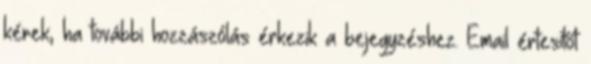
kérek, ha további hozzászólás érkezik a bejegyzéshez. Email értesítőt